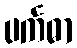
ပင်္ကဓာ